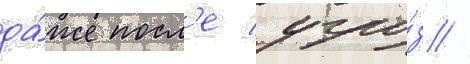
да́же посл'е угро́з //